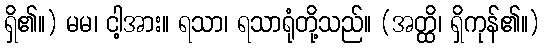
ရှိ၏။) မမ၊ ငါ့အား။ ရသာ၊ ရသာရုံတို့သည်။ (အတ္ထိ၊ ရှိကုန်၏။)